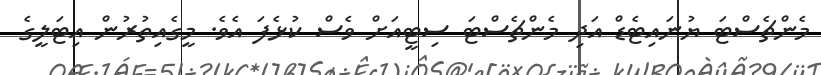
މެންޗެސްޓަ ޔުނައިޓެޑް އަދި މެންޗެސްޓަ ސިޓީއަށް ވެސް ކުޅެފަ އެވެ. މީގެއިތުރުން އިޓަލީގެ